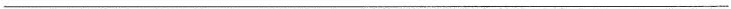
___